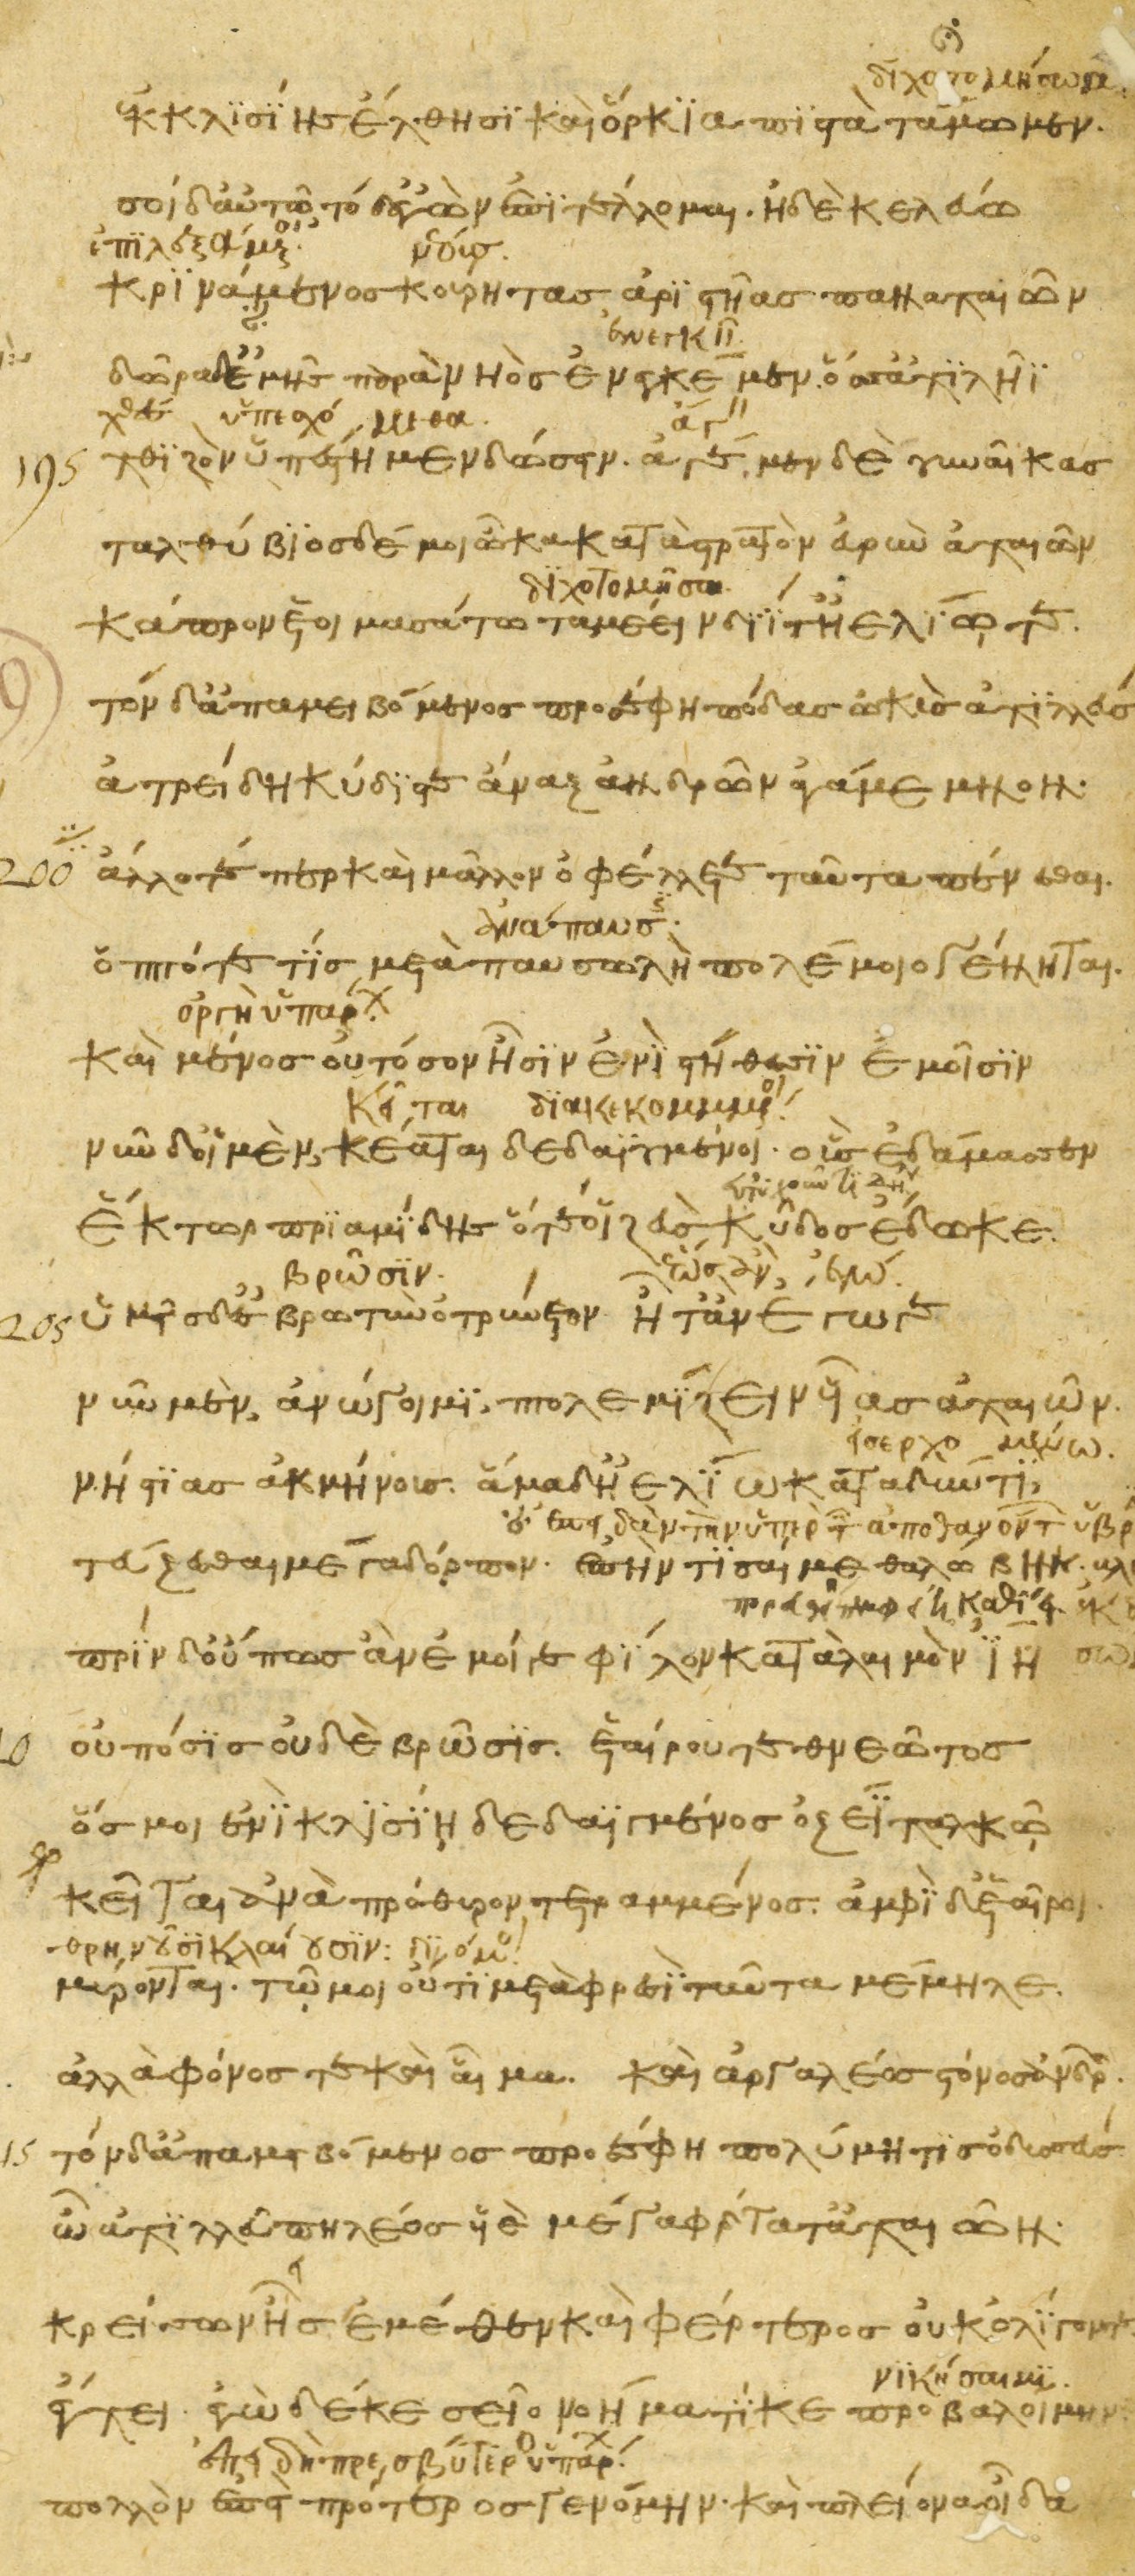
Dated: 1200–1299